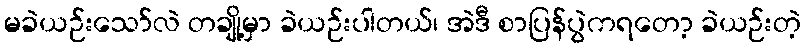
မခဲယဉ်းသော်လဲ တချို့မှာ ခဲယဉ်းပါတယ်၊ အဲဒီ စာပြန်ပွဲကရတော့ ခဲယဉ်းတဲ့